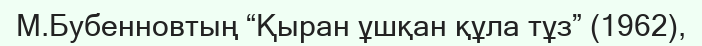
М.Бубенновтың “Қыран ұшқан құла тұз” (1962),